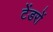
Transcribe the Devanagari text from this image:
टेंडरों